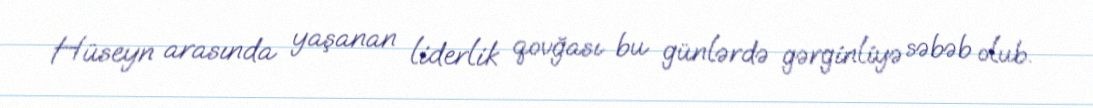
Hüseyn arasında yaşanan liderlik qovğası bu günlərdə gərginliyə səbəb olub.